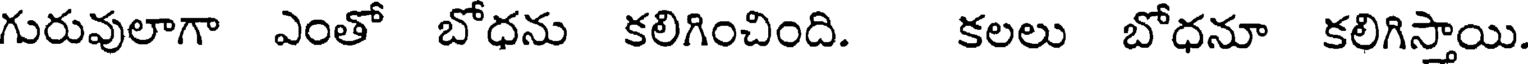
గురువులాగా ఎంతో బోధను కలిగించింది. కలలు బోధనూ కలిగిస్తాయి